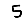
Digit: 5